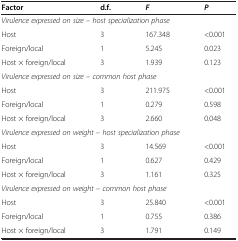
| Factor | d.f. | F | P |
 | --- | --- | --- | --- |
 | <COLSPAN=4> Virulence expressed on size – host specialization phase |
 | Host | 3 | 167.348 | <0.001 |
 | Foreign/local | 1 | 5.245 | 0.023 |
 | Host × foreign/local | 3 | 1.939 | 0.123 |
 | <COLSPAN=4> Virulence expressed on size – common host phase |
 | Host | 3 | 211.975 | <0.001 |
 | Foreign/local | 1 | 0.279 | 0.598 |
 | Host × foreign/local | 3 | 2.660 | 0.048 |
 | <COLSPAN=4> Virulence expressed on weight – host specialization phase |
 | Host | 3 | 14.569 | <0.001 |
 | Foreign/local | 1 | 0.627 | 0.429 |
 | Host × foreign/local | 3 | 1.161 | 0.325 |
 | <COLSPAN=4> Virulence expressed on weight – common host phase |
 | Host | 3 | 25.840 | <0.001 |
 | Foreign/local | 1 | 0.755 | 0.386 |
 | Host × foreign/local | 3 | 1.791 | 0.149 |